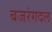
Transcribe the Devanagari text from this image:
बजरंगदल